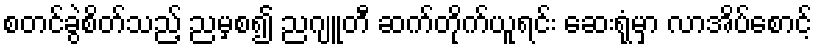
စတင်ခွဲစိတ်သည့် ညမှစ၍ ညဂျူတီ ဆက်တိုက်ယူရင်း ဆေးရုံမှာ လာအိပ်စောင့်